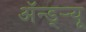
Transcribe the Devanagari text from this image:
अॅन्ड्‌र्‍यू